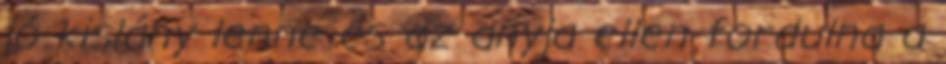
jó kislány lenne és az anyja ellen fordulna a